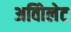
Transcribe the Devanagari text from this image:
अविोलेट